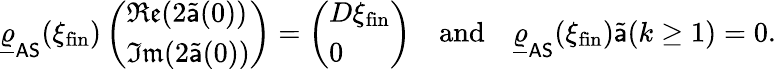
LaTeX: \underline{{\varrho}}_{\mathsf{AS}}(\xi_{\mathrm{fin}})\left(\begin{array}{l}{\mathfrak{Re}(2\widetilde{\mathsf{a}}(0))}\\ {\mathfrak{Im}(2\widetilde{\mathsf{a}}(0))}\end{array}\right)=\left(\begin{array}{l}{D\xi_{\mathrm{fin}}}\\ {0}\end{array}\right)\quad\mathrm{and}\quad\underline{{\varrho}}_{\mathsf{AS}}(\xi_{\mathrm{fin}})\widetilde{\mathsf{a}}(k\geq 1)=0.